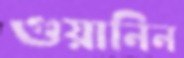
গুয়ানিন